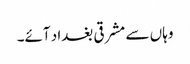
وہاں سے مشرقی بغداد آئے۔